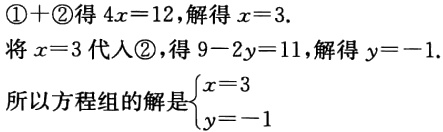
\textcircled{1}+\textcircled{2}得 \(4x = 12\)，解得 \(x = 3\).

将 \(x = 3\) 代入\textcircled{2}，得 \(9 - 2y = 11\)，解得 \(y = -1\).

所以方程组的解是\(\begin{cases}x = 3\\y = -1\end{cases}\)